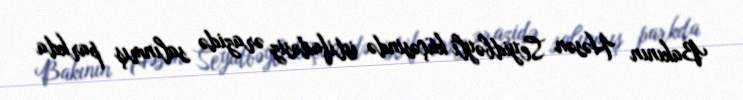
Bakının Həsən Seyidbəyli küçəsində istifadəsiz ərazidə salınmış parkda